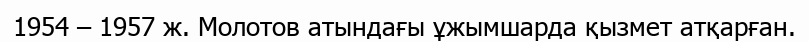
1954 – 1957 ж. Молотов атындағы ұжымшарда қызмет атқарған.